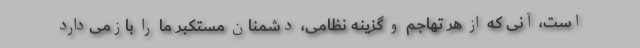
است، آنی که از هر تهاجم و گزینه نظامی، دشمنان مستکبر ما را بازمی‌دارد